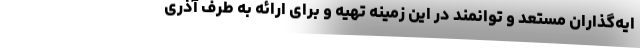
ایه‌گذاران مستعد و توانمند در این زمینه تهیه و برای ارائه به طرف آذری